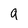
Character: g